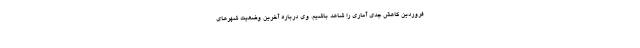
فروردین کاهش جدی آماری را شاهد باشیم. وی درباره آخرین وضعیت شهرهای